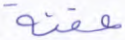
عفنة